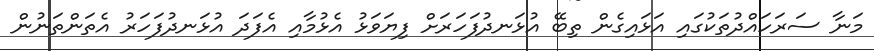
މަނާ ސަރަހައްދުތަކުގައި އަޅައިގެން ތިބޭ އުޅަނދުފަހަރަށް ފިޔަވަޅު އެޅުމާއި އެފަދަ އުޅަނދުފަހަރު އެތަންތަނުން